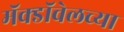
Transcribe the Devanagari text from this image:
मॅक्डॉवेलच्या